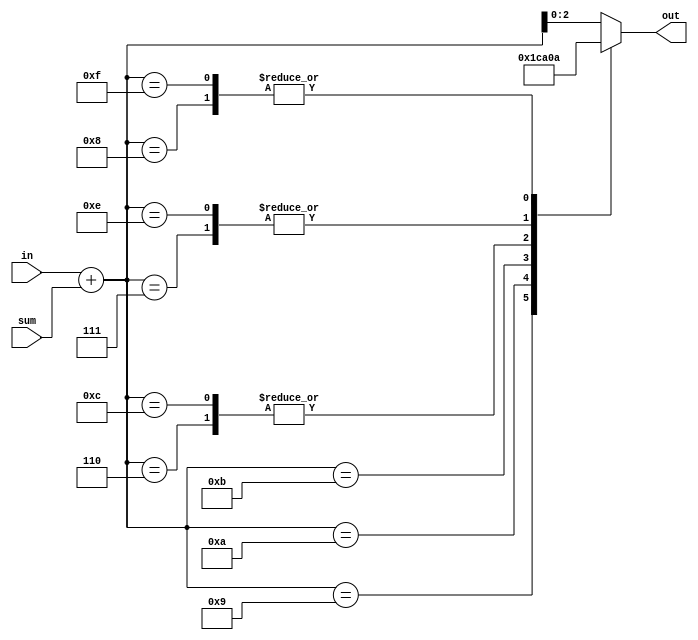
// This program was cloned from: https://github.com/MiSTer-devel/NeoGeo_MiSTer
// License: GNU General Public License v2.0

`timescale 1ns / 1ps


/* This file is part of JT12.

 
	JT12 program is free software: you can redistribute it and/or modify
	it under the terms of the GNU General Public License as published by
	the Free Software Foundation, either version 3 of the License, or
	(at your option) any later version.

	JT12 program is distributed in the hope that it will be useful,
	but WITHOUT ANY WARRANTY; without even the implied warranty of
	MERCHANTABILITY or FITNESS FOR A PARTICULAR PURPOSE.  See the
	GNU General Public License for more details.

	You should have received a copy of the GNU General Public License
	along with JT12.  If not, see <http://www.gnu.org/licenses/>.

	Author: Jose Tejada Gomez. Twitter: @topapate
	Version: 1.0
	Date: 19-3-2017	

*/


module jt12_mod6
(
	input		[2:0]	in, // only 0 to 5 are valid entries
	input		[2:0]	sum,
	output	reg [2:0]	out	// output between 0 to 5
);

reg	[3:0] aux;

always @(*) begin
	aux <= in+sum;
	case( aux )
		4'd6:	out <= 3'd0;
		4'd7:	out <= 3'd1;
		4'd8:	out <= 3'd2;
		4'd9:	out <= 3'd3;
		4'ha:	out <= 3'd4;
		4'hb:	out <= 3'd5;
		4'hc:	out <= 3'd0;
		4'he:	out <= 3'd1;
		4'hf:	out <= 3'd2;
		default:	out <= aux;
	endcase
end

endmodule